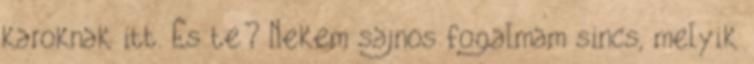
karoknak itt. És te? Nekem sajnos fogalmam sincs, melyik